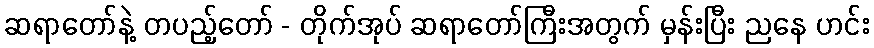
ဆရာတော်နဲ့ တပည့်တော် - တိုက်အုပ် ဆရာတော်ကြီးအတွက် မှန်းပြီး ညနေ ဟင်း